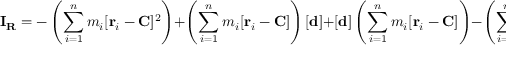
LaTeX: \mathbf { I } _ { \mathbf { R } } = - \left( \sum _ { i = 1 } ^ { n } m _ { i } [ \mathbf { r } _ { i } - \mathbf { C } ] ^ { 2 } \right) + \left( \sum _ { i = 1 } ^ { n } m _ { i } [ \mathbf { r } _ { i } - \mathbf { C } ] \right) [ \mathbf { d } ] + [ \mathbf { d } ] \left( \sum _ { i = 1 } ^ { n } m _ { i } [ \mathbf { r } _ { i } - \mathbf { C } ] \right) - \left( \sum _ { i = 1 } ^ { n } m _ { i } \right) [ \mathbf { d } ] ^ { 2 } .